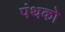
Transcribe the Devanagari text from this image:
पंथको